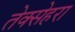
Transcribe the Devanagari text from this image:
तेक्सेहरा